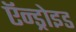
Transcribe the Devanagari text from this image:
ऍन्ड्रोइड